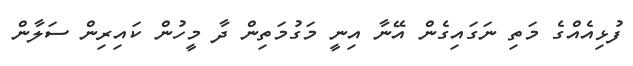
ފުޅިއެއްގެ މަތި ނަގައިގެން އޭނާ އިނީ މަގުމަތިން ދާ މީހުން ކައިރިން ސަލާން